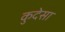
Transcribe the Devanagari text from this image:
कुदेसा